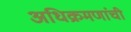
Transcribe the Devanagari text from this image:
अधिक्रमणांची